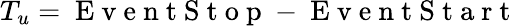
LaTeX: T_{u}=\mathrm{~E~v~e~n~t~S~t~o~p~}-\mathrm{~E~v~e~n~t~S~t~a~r~t~}